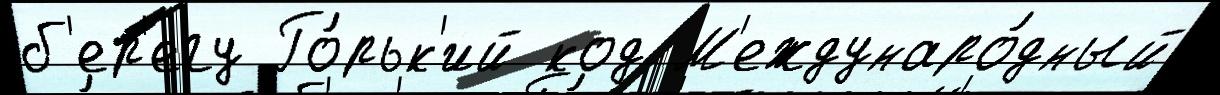
б'ер'егу Го́рьк'ий код М'еждунаро́дный